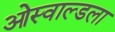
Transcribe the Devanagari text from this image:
ओस्वाल्डला